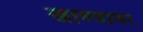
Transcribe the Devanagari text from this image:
खाल्यावर